Treatise on elephants
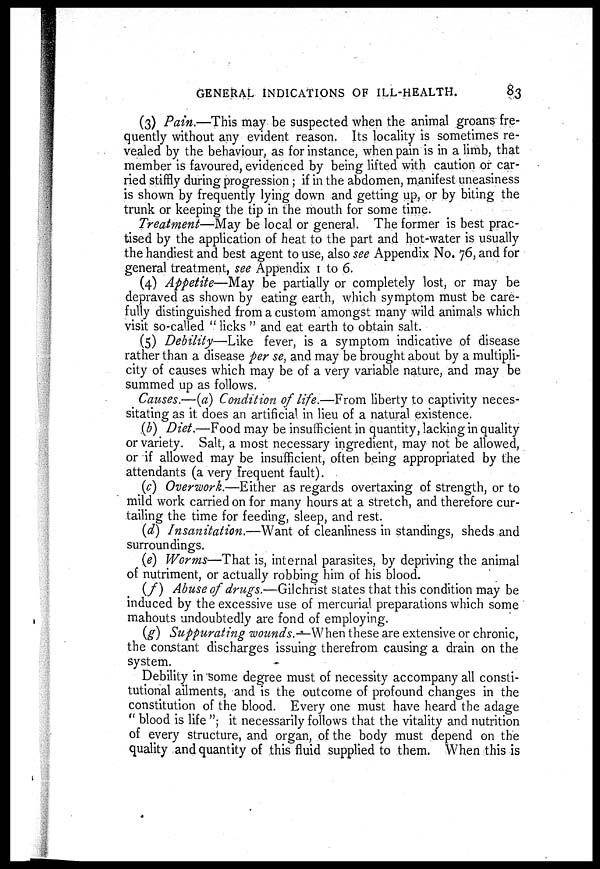
GENERAL INDICATIONS OF ILL-HEALTH.
83
(3) Pain.—This may be suspected when the animal groans fre-
quently without any evident reason. Its locality is sometimes re-
vealed by the behaviour, as for instance, when pain is in a limb, that
member is favoured, evidenced by being lifted with caution or car-
ried stiffly during progression ; if in the abdomen, manifest uneasiness
is shown by frequently lying down and getting up, or by biting the
trunk or keeping the tip in the mouth for some time.
Treatment—May be local or general. The former is best prac-
tised by the application of heat to the part and hot-water is usually
the handiest and best agent to use, also see Appendix No. 76, and for
general treatment, see Appendix 1 to 6.
(4) Appetite—May be partially or completely lost, or may be
depraved as shown by eating earth, which symptom must be care-
fully distinguished from a custom amongst many wild animals which
visit so-called "licks" and eat earth to obtain salt.
(5) Debility—Like fever, is a symptom indicative of disease
rather than a disease per se, and may be brought about by a multipli-
city of causes which may be of a very variable nature, and may be
summed up as follows.
Causes.—(a) Condition of life.—From liberty to captivity neces-
sitating as it does an artificial in lieu of a natural existence.
(b) Diet.—Food may be insufficient in quantity, lacking in quality
or variety. Salt, a most necessary ingredient, may not be allowed,
or if allowed may be insufficient, often being appropriated by the
attendants (a very frequent fault).
(c) Overwork.—Either as regards overtaxing of strength, or to
mild work carried on for many hours at a stretch, and therefore cur-
tailing the time for feeding, sleep, and rest.
(d) Insanitation.—Want of cleanliness in standings, sheds and
surroundings.
(e) Worms—That is, internal parasites, by depriving the animal
of nutriment, or actually robbing him of his blood.
(f) Abuse of drugs.—Gilchrist states that this condition may be
induced by the excessive use of mercurial preparations which some
mahouts undoubtedly are fond of employing.
(g) Suppurating wounds.—When these are extensive or chronic,
the constant discharges issuing therefrom causing a drain on the
system.
Debility in some degree must of necessity accompany all consti-
tutional ailments, and is the outcome of profound changes in the
constitution of the blood. Every one must have heard the adage
" blood is life "; it necessarily follows that the vitality and nutrition
of every structure, and organ, of the body must depend on the
quality and quantity of this fluid supplied to them. When this is